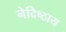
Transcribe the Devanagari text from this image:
नेदिष्ठाय